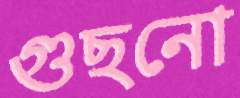
গুছনো